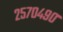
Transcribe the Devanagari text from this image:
२५७०४९०